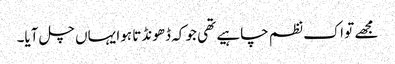
مجھے تو اک نظم چاہیے تھی جو کہ ڈھونڈتا ہوا یہاں چل آیا۔